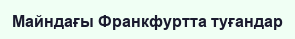
Майндағы Франкфуртта туғандар